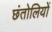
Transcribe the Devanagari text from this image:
छंतोलियों